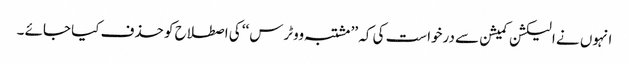
انہوں نے الیکشن کمیشن سے درخواست کی کہ ’’ مشتبہ ووٹرس‘‘ کی اصطلاح کو حذف کیا جائے ۔